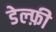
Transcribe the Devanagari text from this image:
डेल्फ़ी